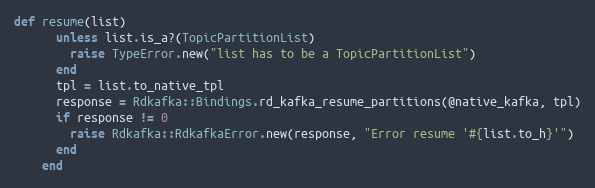
Language: Ruby
def resume(list)
      unless list.is_a?(TopicPartitionList)
        raise TypeError.new("list has to be a TopicPartitionList")
      end
      tpl = list.to_native_tpl
      response = Rdkafka::Bindings.rd_kafka_resume_partitions(@native_kafka, tpl)
      if response != 0
        raise Rdkafka::RdkafkaError.new(response, "Error resume '#{list.to_h}'")
      end
    end